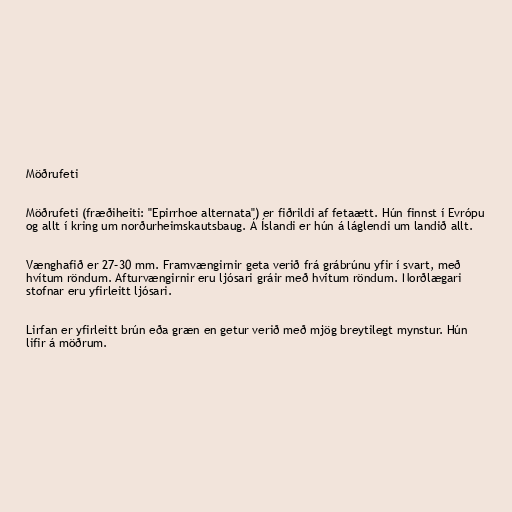
Möðrufeti

Möðrufeti (fræðiheiti: "Epirrhoe alternata") er fiðrildi af fetaætt. Hún finnst í Evrópu
og allt í kring um norðurheimskautsbaug. Á Íslandi er hún á láglendi um landið allt.

Vænghafið er 27–30 mm. Framvængirnir geta verið frá grábrúnu yfir í svart, með
hvítum röndum. Afturvængirnir eru ljósari gráir með hvítum röndum. Norðlægari
stofnar eru yfirleitt ljósari.

Lirfan er yfirleitt brún eða græn en getur verið með mjög breytilegt mynstur. Hún
lifir á möðrum.